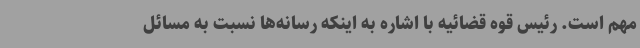
مهم است. رئیس قوه قضائیه با اشاره به اینکه رسانه‌ها نسبت به مسائل